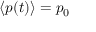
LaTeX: \langle p ( t ) \rangle = p _ { 0 }